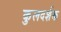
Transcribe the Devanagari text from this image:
कुलदर्शक